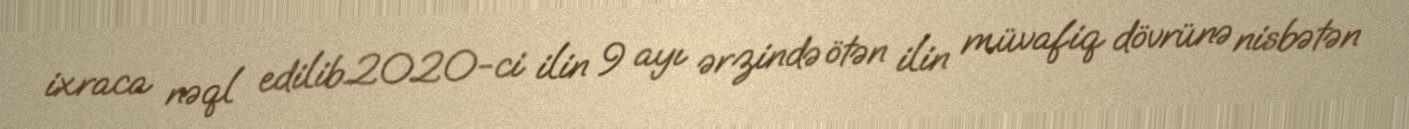
ixraca nəql edilib.2020-ci ilin 9 ayı ərzində ötən ilin müvafiq dövrünə nisbətən